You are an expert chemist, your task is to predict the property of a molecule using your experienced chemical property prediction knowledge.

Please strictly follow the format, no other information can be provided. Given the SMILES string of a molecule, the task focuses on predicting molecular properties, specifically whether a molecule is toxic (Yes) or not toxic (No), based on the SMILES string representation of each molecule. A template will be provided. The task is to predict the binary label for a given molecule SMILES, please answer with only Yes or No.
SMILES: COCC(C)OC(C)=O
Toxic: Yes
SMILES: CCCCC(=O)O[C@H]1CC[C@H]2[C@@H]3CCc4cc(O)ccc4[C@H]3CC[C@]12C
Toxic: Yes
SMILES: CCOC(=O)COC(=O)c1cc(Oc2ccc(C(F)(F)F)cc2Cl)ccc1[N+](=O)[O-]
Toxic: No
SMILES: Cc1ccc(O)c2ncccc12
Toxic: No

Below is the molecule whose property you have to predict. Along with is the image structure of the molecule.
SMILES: C=CC(Cl)CCl
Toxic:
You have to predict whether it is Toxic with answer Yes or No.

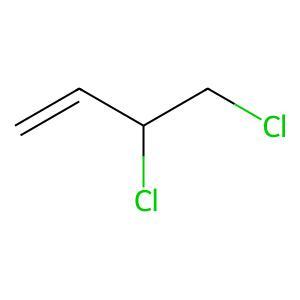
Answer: No